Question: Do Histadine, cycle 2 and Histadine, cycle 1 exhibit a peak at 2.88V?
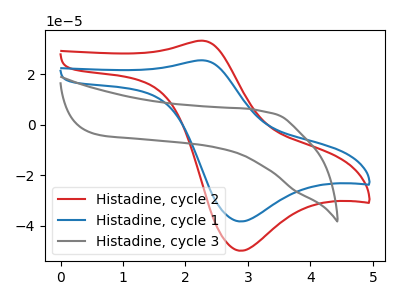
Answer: <think>The red curve "Histadine, cycle 2" has an anodic peak at (2.30V, 33.40uA) and a cathodic peak at (2.90V, -49.90uA). The blue curve "Histadine, cycle 1" has an anodic peak at (2.30V, 25.60uA) and a cathodic peak at (2.90V, -38.25uA). The gray curve "Histadine, cycle 3" has no peaks.</think>
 <answer>Yes, "Histadine, cycle 2" and "Histadine, cycle 1" share a peak at 2.88V.</answer>
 <eval>match</eval>